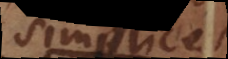
simplice